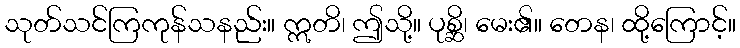
သုတ်သင်ကြကုန်သနည်း။ ဣတိ၊ ဤသို့။ ပုစ္ဆိ၊ မေး၏။ တေန၊ ထို့ကြောင့်။